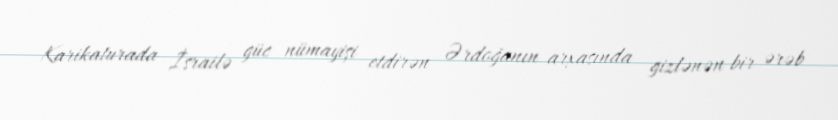
Karikaturada İsrailə güc nümayişi etdirən Ərdoğanın arxasında gizlənən bir ərəb